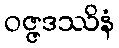
ဝဇ္ဇဒဿိနံ